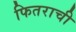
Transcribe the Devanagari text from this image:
फितराची